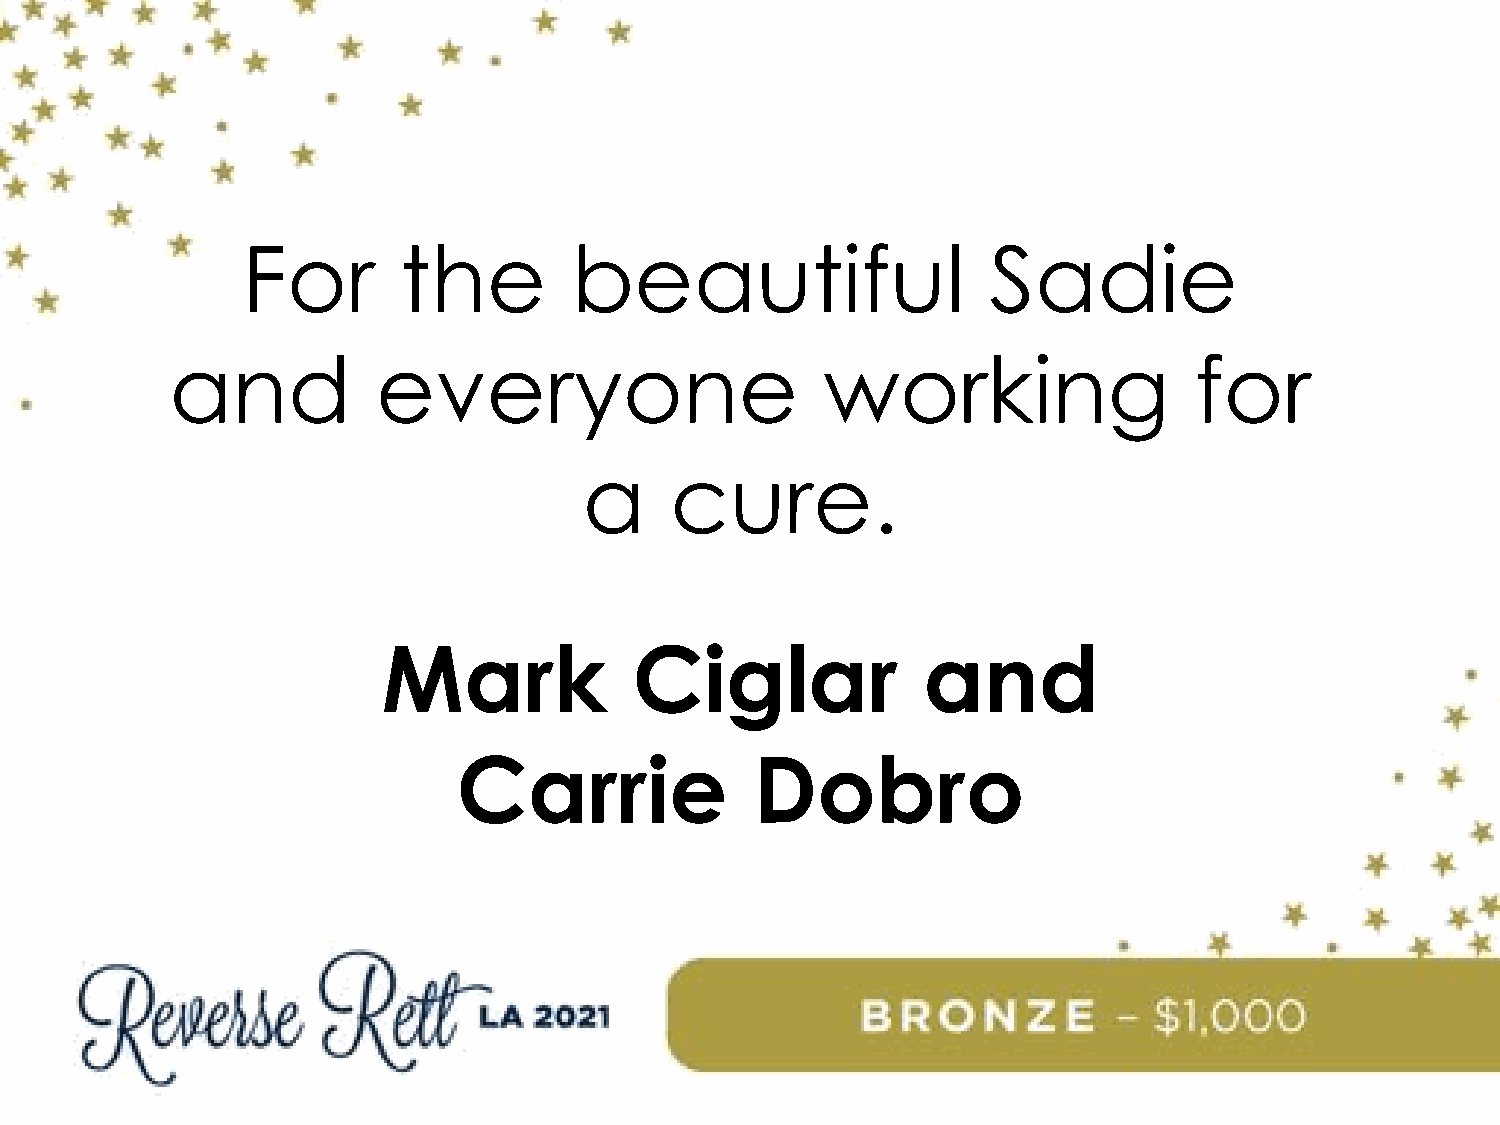
For       the         beautiful                   Sadie
 and           everyone                      working                 for
 a    cure.
 Mark             Ciglar             and
 Carrie              Dobro